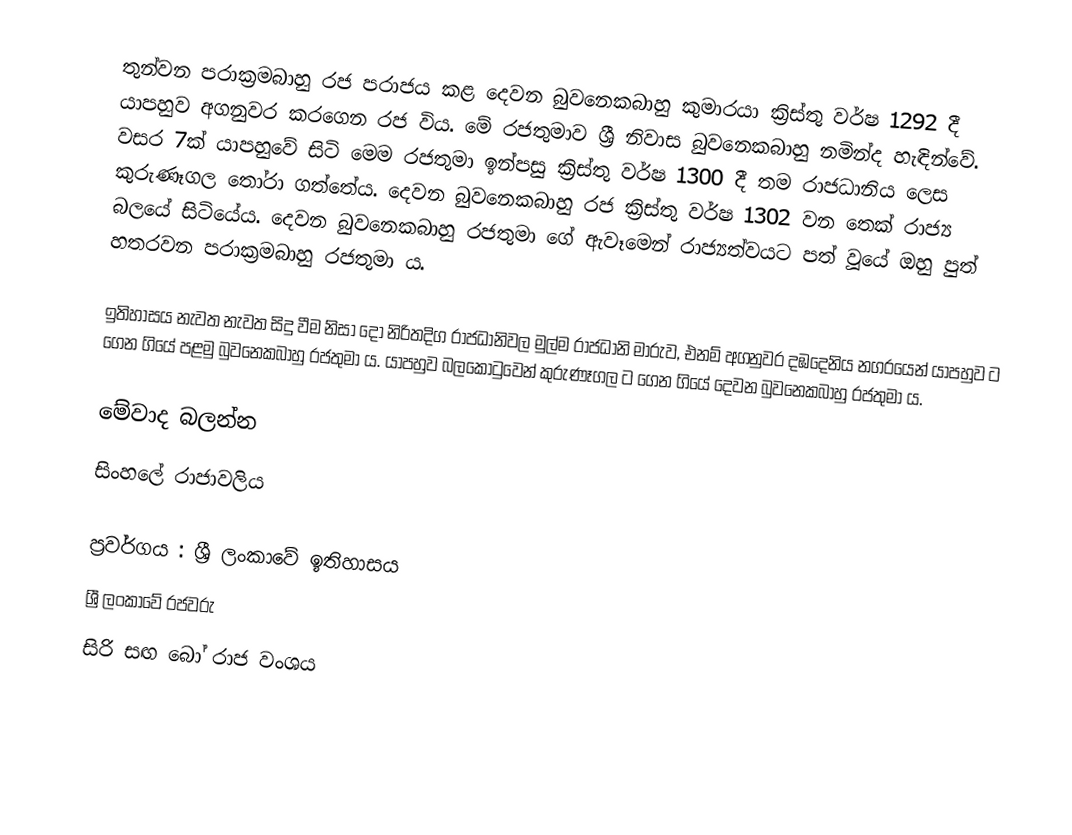
තුන්වන පරාක්‍රමබාහු රජ පරාජය කළ දෙවන බුවනෙකබාහු කුමාරයා ක්‍රිස්තු වර්ෂ 1292 දී යාපහුව අගනුවර කරගෙන රජ විය. මේ රජතුමාව ශ්‍රී නිවාස බුවනෙකබාහු නමින්ද හැඳින්වේ. වසර 7ක් යාපහුවේ සිටි මෙම රජතුමා ඉන්පසු ක්‍රිස්තු වර්ෂ 1300 දී තම රාජධානිය ලෙස කුරුණෑගල තෝරා ගත්තේය. දෙවන බුවනෙකබාහු රජ ක්‍රිස්තු වර්ෂ 1302 වන තෙක් රාජ්‍ය බලයේ සිටියේය. දෙවන බුවනෙකබාහු රජතුමා ගේ ඇවෑමෙන් රාජ්‍යත්වයට පත් වූයේ ඔහු පුත් හතරවන පරාක්‍රමබාහු රජතුමා ය.

ඉතිහාසය නැවත නැවත සිදු වීම නිසා දෝ නිරිතදිග රාජධානිවල මුල්ම රාජධානි මාරුව, එනම් අගනුවර දඹදෙනිය නගරයෙන් යාපහුව ට ගෙන ගියේ පළමු බුවනෙකබාහු රජතුමා ය. යාපහුව බලකොටුවෙන් කුරුණෑගල ට ගෙන ගියේ දෙවන බුවනෙකබාහු රජතුමා ය.

මේවාද බලන්න
 සිංහලේ රාජාවලිය

ප්‍රවර්ගය : ශ්‍රී ලංකාවේ ඉතිහාසය
ශ්‍රී ලංකාවේ රජවරු
සිරි සඟ බෝ රාජ වංශය